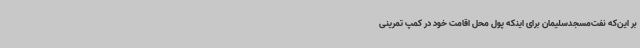
بر این‌که نفت‌مسجدسلیمان برای اینکه پول محل اقامت خود در کمپ تمرینی